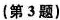
(第3题)